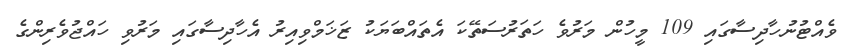
ވެއްޓުނުހާދިސާގައި 109 މީހުން މަރުވެ ހަތަރުސަތޭކަ އެތައްބަޔަކު ޒަޚަމްވިއިރު އެހާދިސާގައި މަރުވި ހައްޖުވެރިންގެ